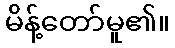
မိန့်တော်မူ၏။